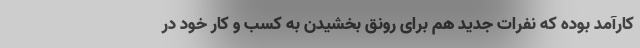
کارآمد بوده که نفرات جدید هم برای رونق بخشیدن به کسب و کار خود در